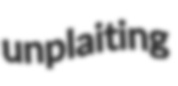
unplaiting